Scottish Certificate of Education, 1962
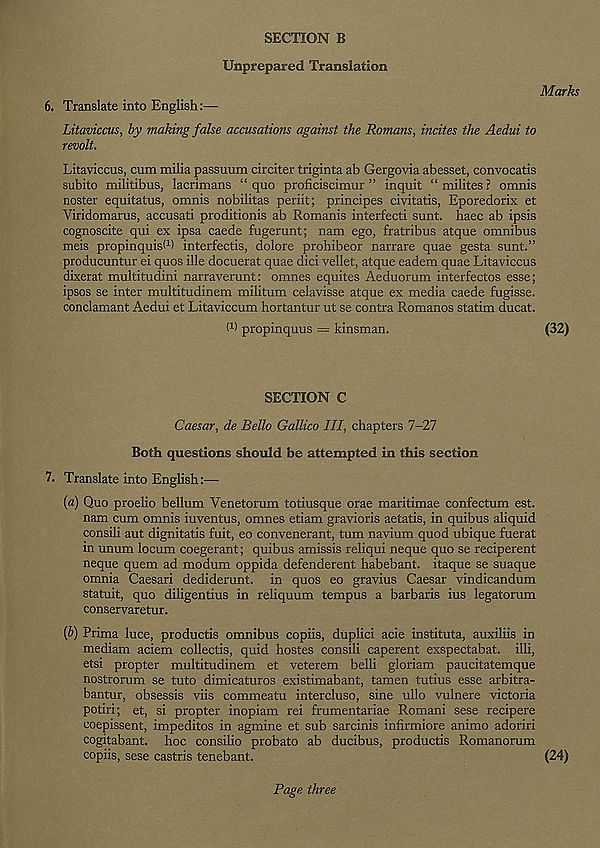
SECTION B
Unprepared Translation
Marks
6. Translate into English:—
Litaviccus, by making false accusations against the Romans, incites the Aedui to
revolt.
Litaviccus, cum milia passuum circiter triginta ab Gergovia abesset, convocatis
subito militibus, lacrimans “ quo proficiscimur ” inquit “ milites ? omnis
noster equitatus, omnis nobilitas periit; principes civitatis, Eporedorix et
Viridomarus, accusati proditionis ab Romanis interfecti sunt, haec ab ipsis
cognoscite qui ex ipsa caede fugerunt; nam ego, fratribus atque omnibus
meis propinquisf 1 ) interfectis, dolore prohibeor narrare quae gesta sunt.”
producuntur ei quos ille docuerat quae dici vellet, atque eadem quae Litaviccus
dixerat multitudini narraverunt: omnes equites Aeduorum interfectos esse;
ipsos se inter multitudinem militum celavisse atque ex media caede fugisse.
conclamant Aedui et Litaviccum hortantur ut se contra Romanos statim ducat.
W propinquus = kinsman.
(32)
SECTION C
Caesar, de Bello Gallico III, chapters 7-27
Both questions should be attempted in this section
7. Translate into English:—
(a) Quo proelio bellum Venetorum totiusque orae maritimae confectum est.
nam cum omnis iuventus, omnes etiam gravioris aetatis, in quibus aliquid
consili aut dignitatis fuit, eo convenerant, turn navium quod ubique fuerat
in unum locum coegerant; quibus amissis reliqui neque quo se reciperent
neque quern ad modum oppida defenderent habebant. itaque se suaque
omnia Caesari dediderunt. in quos eo gravius Caesar vindicandum
statuit, quo diligentius in reliquum tempus a barbaris ius legatorum
conservaretur.
{b) Prima luce, productis omnibus copiis, duplici acie instituta, auxiliis in
mediam aciem collectis, quid hostes consili caperent exspectabat. illi,
etsi propter multitudinem et veterem belli gloriam paucitatemque
nostrorum se tuto dimicaturos existimabant, tamen tutius esse arbitra-
bantur, obsessis viis commeatu intercluso, sine ullo vulnere victoria
potiri; et, si propter inopiam rei frumentariae Romani sese recipere
coepissent, impeditos in agmine et sub sarcinis infirmiore animo adoriri
cogitabant. hoc consilio probato ab ducibus, productis Romanorum
copiis, sese castris tenebant.
(24)
Page three